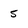
Character: 5